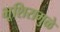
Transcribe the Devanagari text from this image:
भूशिरामुळे